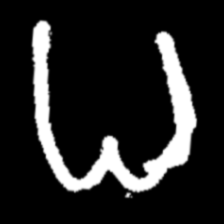
Pyu character \u2014 Myanmar letter: ဓ (romanized: dha)